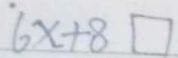
6 x + 8 \square